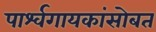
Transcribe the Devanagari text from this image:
पार्श्वगायकांसोबत